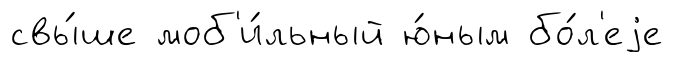
свы́ше моб'и́льный ю́ным бо́л'еjе